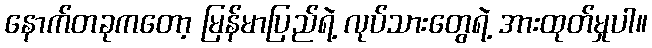
နောက်တခုကတော့ မြန်မာပြည်ရဲ့ လုပ်သားတွေရဲ့ အားထုတ်မှုပါ။